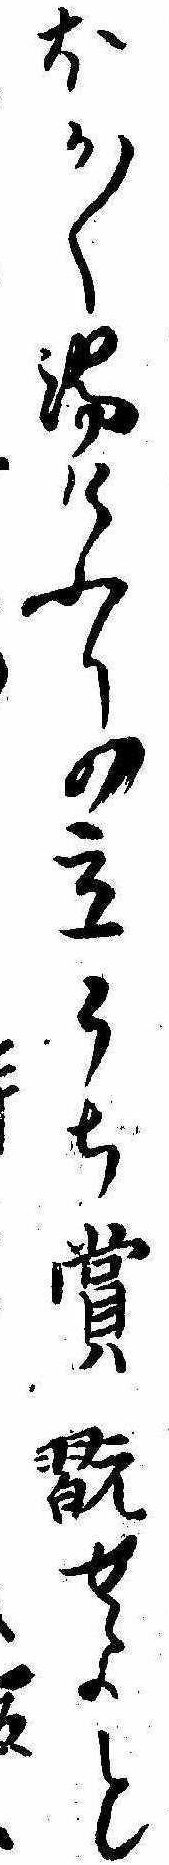
ほか〱湯けふりの立うち賞翫せよと